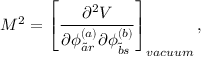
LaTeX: M ^ { 2 } = \left[ \frac { \partial ^ { 2 } V } { \partial \phi _ { \tilde { a } r } ^ { ( a ) } \partial \phi _ { \tilde { b } s } ^ { ( b ) } } \right] _ { v a c u u m } ,